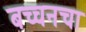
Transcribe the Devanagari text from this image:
बच्चनचा